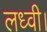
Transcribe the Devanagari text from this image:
लध्वी।